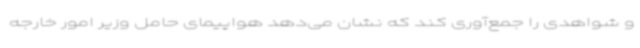
و شواهدی را جمع‌آوری کند که نشان می‌دهد هواپیمای حامل وزیر امور خارجه